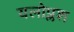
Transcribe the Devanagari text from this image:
यलोप्लश